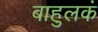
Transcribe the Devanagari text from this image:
बाहुलकं